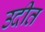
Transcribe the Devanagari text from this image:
उदीत